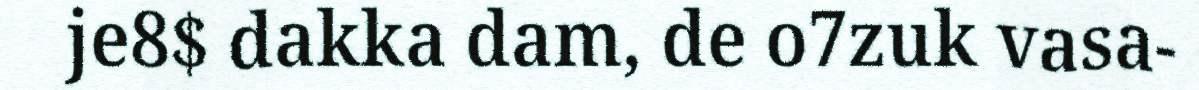
je8$ dakka dam, de o7zuk vasa-